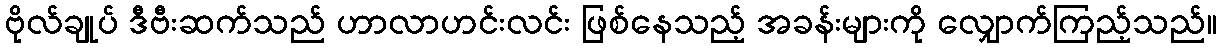
ဗိုလ်ချုပ် ဒီဗီးဆက်သည် ဟာလာဟင်းလင်း ဖြစ်နေသည့် အခန်းများကို လျှောက်ကြည့်သည်။